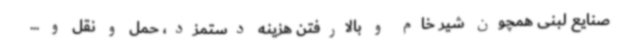
صنایع لبنی همچون شیر خام و بالارفتن هزینه دستمزد، حمل و نقل و ...